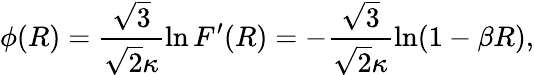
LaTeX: \phi(R)=\frac{\sqrt{3}}{\sqrt{2}\kappa}\ln F^{\prime}(R)=-\frac{\sqrt{3}}{\sqrt{2}\kappa}\ln(1-\beta R),